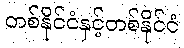
တစ်နိုင်ငံနှင့်တစ်နိုင်ငံ